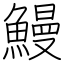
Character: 鰻